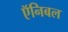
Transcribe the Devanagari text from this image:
ऍनिबल